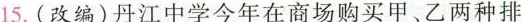
15.(改编)丹江中学今年在商场购买甲、乙两种排